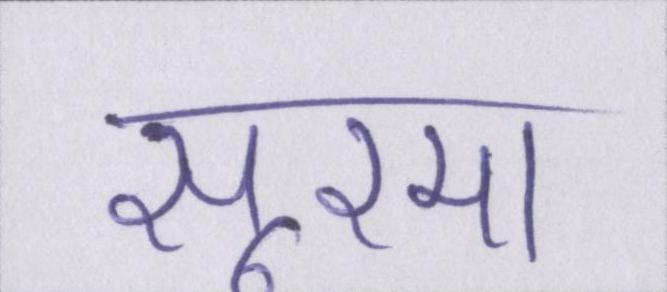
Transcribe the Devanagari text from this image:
सूरमा